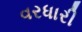
વરધારી